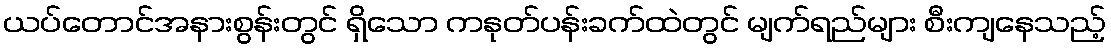
ယပ်တောင်အနားစွန်းတွင် ရှိသော ကနုတ်ပန်းခက်ထဲတွင် မျက်ရည်များ စီးကျနေသည့်